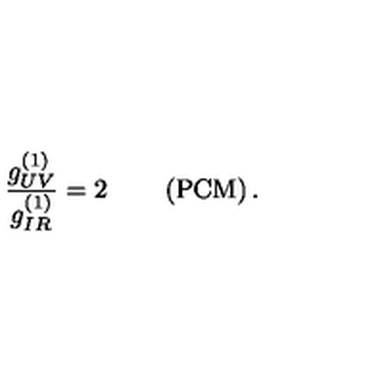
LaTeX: \frac { g _ { U V } ^ { ( 1 ) } } { g _ { I R } ^ { ( 1 ) } } = 2 \qquad \left( \mathrm { P C M } \right) .